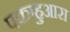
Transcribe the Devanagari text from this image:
पकाहुआरा